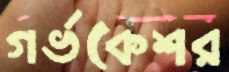
গর্ভকেশর